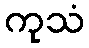
ကုသံ